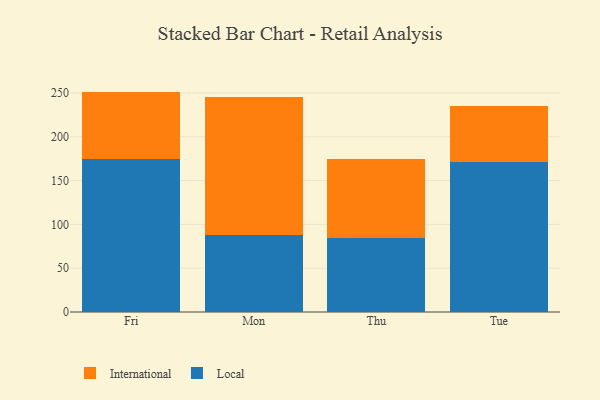
{"axis": {"x": "Day", "y": "Customer Acquisition Cost (USD)"}, "legend": ["International", "Local"], "data": [{"x": "Fri", "y": 174.5, "type": "Local"}, {"x": "Fri", "y": 77.0, "type": "International"}, {"x": "Mon", "y": 87.6, "type": "Local"}, {"x": "Mon", "y": 157.6, "type": "International"}, {"x": "Thu", "y": 84.6, "type": "Local"}, {"x": "Thu", "y": 90.5, "type": "International"}, {"x": "Tue", "y": 171.2, "type": "Local"}, {"x": "Tue", "y": 63.4, "type": "International"}]}